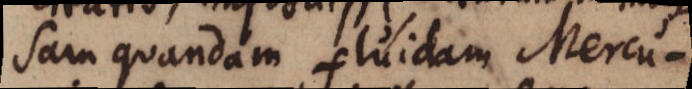
sam quandam fluidam Mercu-